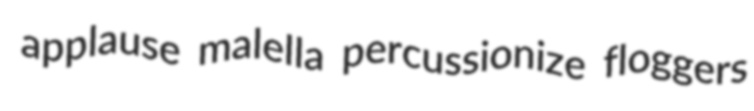
applause malella percussionize floggers